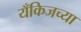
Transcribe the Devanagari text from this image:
यँकिजच्या